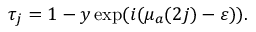
\tau _ { j } = 1 - y \exp ( i ( \mu _ { a } ( 2 j ) - \varepsilon ) ) .